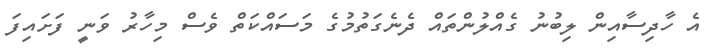
އެ ހާދިސާއިން ލިބުނު ގެއްލުންތައް ދެނެގަތުމުގެ މަސައްކަތް ވެސް މިހާރު ވަނީ ފަށައިފަ